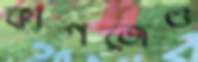
কাগজেও